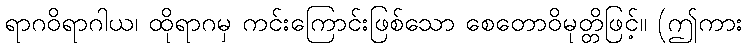
ရာဂဝိရာဂါယ၊ ထိုရာဂမှ ကင်းကြောင်းဖြစ်သော စေတောဝိမုတ္တိဖြင့်။ (ဤကား